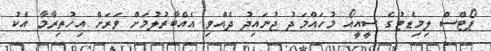
ޕޯޓްސް ލިމިޑެޓުގެ ސީއީއޯ މުހައްމަދު ޖުނައިދު ދެއްވި އެއްބާރުލުމަށް ވަރަށް އިހުތިރާމާ އެކު